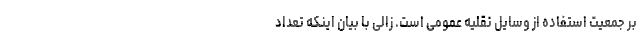
بر جمعیت استفاده از وسایل نقلیه عمومی است. زالی با بیان اینکه تعداد